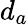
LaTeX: d_{a}